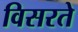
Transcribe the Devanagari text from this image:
विसरते